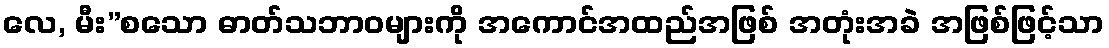
လေ, မီး”စသော ဓာတ်သဘာဝများကို အကောင်အထည်အဖြစ် အတုံးအခဲ အဖြစ်ဖြင့်သာ